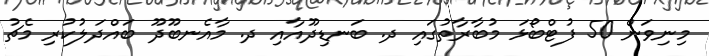
މިނިވަން 50 ފުޓްބޯޅަ މުބާރާތުގައި ދ. ބަނޑިދޫއާއި ދ. މާއެނބޫދޫ ބައްދަލުކުރި މެޗު